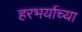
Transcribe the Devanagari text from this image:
हरभर्याच्या